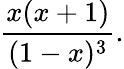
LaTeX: {\frac{x(x+1)}{(1-x)^{3}}}.